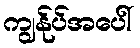
ကျွန်ုပ်အပေါ်